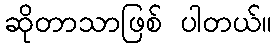
ဆိုတာသာဖြစ် ပါတယ်။